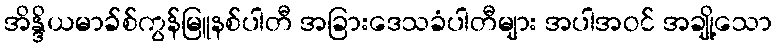
အိန္ဒိယမာခ်စ်ကွန်မြူနစ်ပါတီ အခြားဒေသခံပါတီများ အပါအဝင် အချို့သော